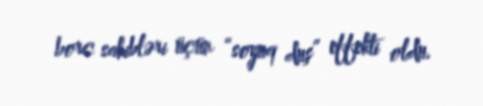
borc sahibləri üçün “soyuq duş” effekti oldu.